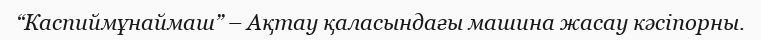
“Каспиймұнаймаш” – Ақтау қаласындағы машина жасау кәсіпорны.